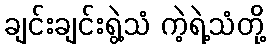
ချင်းချင်းရွဲ့သံ ကဲ့ရဲ့သံတို့